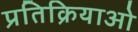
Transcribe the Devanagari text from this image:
प्रतिक्रियाओ